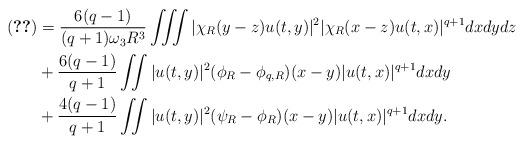
LaTeX: \begin{align*}\eqref{term-5} &=\frac{6(q-1)}{(q+1)\omega_3 R^3}\iiint |\chi_R(y-z)u(t,y)|^2 |\chi_R(x-z)u(t,x)|^{q+1} dxdydz \\& +\frac{6(q-1)}{q+1} \iint |u(t,y)|^2 (\phi_R-\phi_{q,R})(x-y) |u(t,x)|^{q+1} dxdy\\& +\frac{4(q-1)}{q+1}\iint |u(t,y)|^2 (\psi_R-\phi_R)(x-y) |u(t,x)|^{q+1} dxdy.\end{align*}